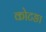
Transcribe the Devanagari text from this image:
कोटङा